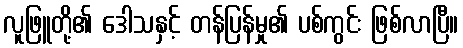
လူဖြူတို့၏ ဒေါသနှင့် တန်ပြန်မှု၏ ပစ်ကွင်း ဖြစ်လာပြီ။